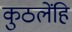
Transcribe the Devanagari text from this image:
कुठलेंहि